Civil Veterinary Department. Madras. Admin. report 1926-33 - 1926-1933
Year: 1926
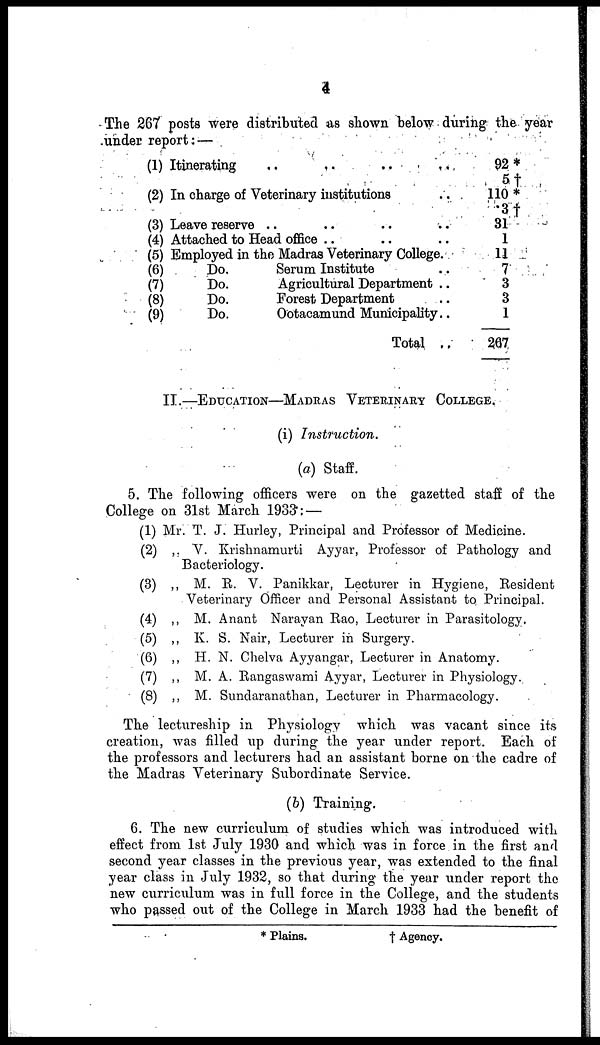
4
The 267 posts were distributed as shown below during the year
under report : —
(1) Itinerating
..
..
..
..
(2) In charge of Veterinary institutions ..
(3) Leave reserve .. .. .. ..
(4) Attached to Head office .. .. ..
(5) Employed in the Madras Veterinary College.
(6)
Do.
Serum Institute .. ..
(7)
Do.
Agricultural Department ..
(8)
Do.
Forest Department ..
(9)
Do.
Ootacamund Municipality..
Total ..
92*
5†
110*
3†
31
1
11
7
3
3
1
267
II.—EDUCATION—MADRAS VETERINARY COLLEGE.
(i)
Instruction.
(a) Staff.
5. The following officers were on the gazetted staff of the
College on 31st March 1933:—
(1)
(2)
(3)
(4)
(5)
(6)
(7)
(8)
Mr. T. J. Hurley, Principal and Professor of Medicine.
„ V. Krishnamurti Ayyar, Professor of Pathology and
Bacteriology.
„ M. R. V. Panikkar, Lecturer in Hygiene, Resident
Veterinary Officer and Personal Assistant to Principal.
„ M. Anant Narayan Rao, Lecturer in Parasitology.
„ K. S. Nair, Lecturer in Surgery.
„ H. N. Chelva Ayyangar, Lecturer in Anatomy.
„ M. A. Rangaswami Ayyar, Lecturer in Physiology.
„ M. Sundaranathan, Lecturer in Pharmacology.
The lectureship in Physiology which was vacant since its
creation, was filled up during the year under report. Each of
the professors and lecturers had an assistant borne on the cadre of
the Madras Veterinary Subordinate Service.
(b) Training.
6. The new curriculum of studies which was introduced with
effect from 1st July 1930 and which was in force in the first and
second year classes in the previous year, was extended to the final
year class in July 1932, so that during the year under report the
new curriculum was in full force in the College, and the students
who passed out of the College in March 1933 had the benefit of
* Plains.
†
Agency.